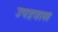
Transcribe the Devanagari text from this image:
उपद्रवास